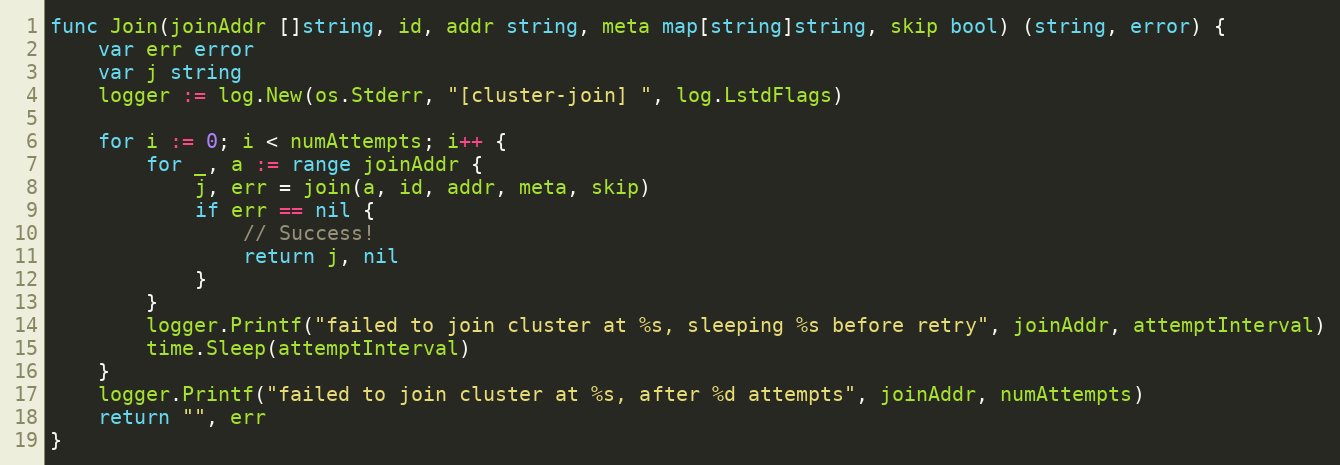
Language: Go
func Join(joinAddr []string, id, addr string, meta map[string]string, skip bool) (string, error) {
	var err error
	var j string
	logger := log.New(os.Stderr, "[cluster-join] ", log.LstdFlags)

	for i := 0; i < numAttempts; i++ {
		for _, a := range joinAddr {
			j, err = join(a, id, addr, meta, skip)
			if err == nil {
				// Success!
				return j, nil
			}
		}
		logger.Printf("failed to join cluster at %s, sleeping %s before retry", joinAddr, attemptInterval)
		time.Sleep(attemptInterval)
	}
	logger.Printf("failed to join cluster at %s, after %d attempts", joinAddr, numAttempts)
	return "", err
}